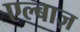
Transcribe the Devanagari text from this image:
एल्बाज़